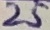
Text: 25